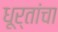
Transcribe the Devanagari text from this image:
धूर्तांचा